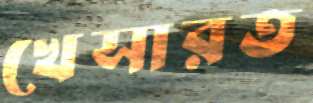
খেসারত